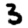
Digit: 3